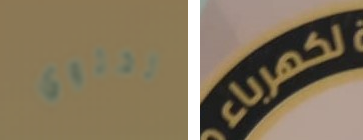
تحتوي لكهرباء